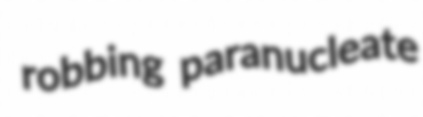
robbing paranucleate